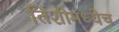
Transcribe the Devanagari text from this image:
तिशीमध्येच